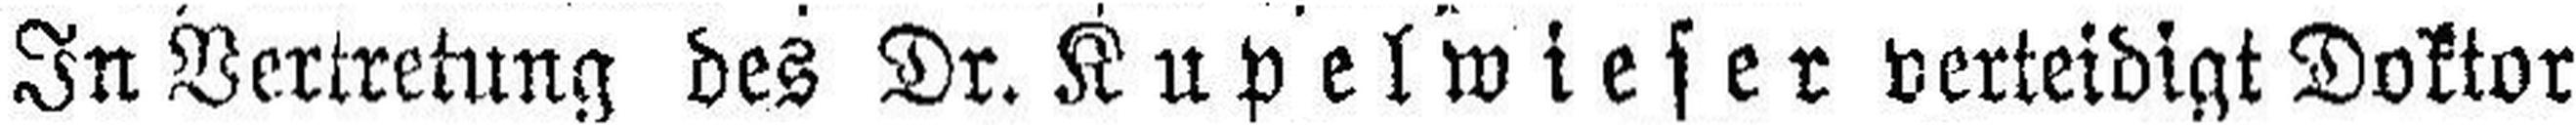
In Vertretung des Dr. Kupelwieser verteidigt Doktor